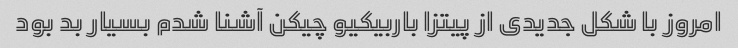
امروز با شکل جدیدی از پیتزا باربیکیو چیکن آشنا شدم بسیار بد بود